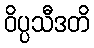
ဝိပ္ပသီဒတိ